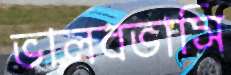
ভালবভাসি